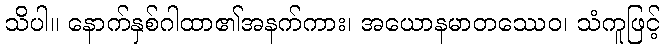
သိပါ။ နောက်နှစ်ဂါထာ၏အနက်ကား၊ အယောနမာတဿေဝ၊ သံကူဖြင့်